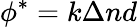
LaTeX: \phi^{*}=k\Delta nd